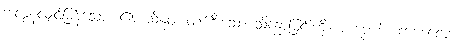
အလွန်လျှင်မြန်သော။ ဧကသိန္ဓဝံ၊ တစ်စီးသော သိန္ဓောမြင်းကို။ ကပ္ပေဟိ၊ ကစေလော။